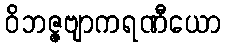
ဝိဘဇ္ဇဗျာကရဏီယော